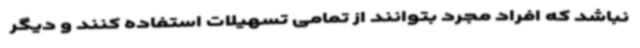
نباشد که افراد مجرد بتوانند از تمامی تسهیلات استفاده کنند و دیگر